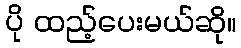
ပို ထည့်ပေးမယ်ဆို။